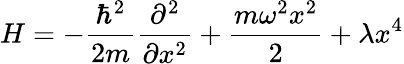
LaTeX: H=-{\frac{\hbar^{2}}{2m}}{\frac{\partial^{2}}{\partial x^{2}}}+{\frac{m\omega^{2}x^{2}}{2}}+\lambda x^{4}